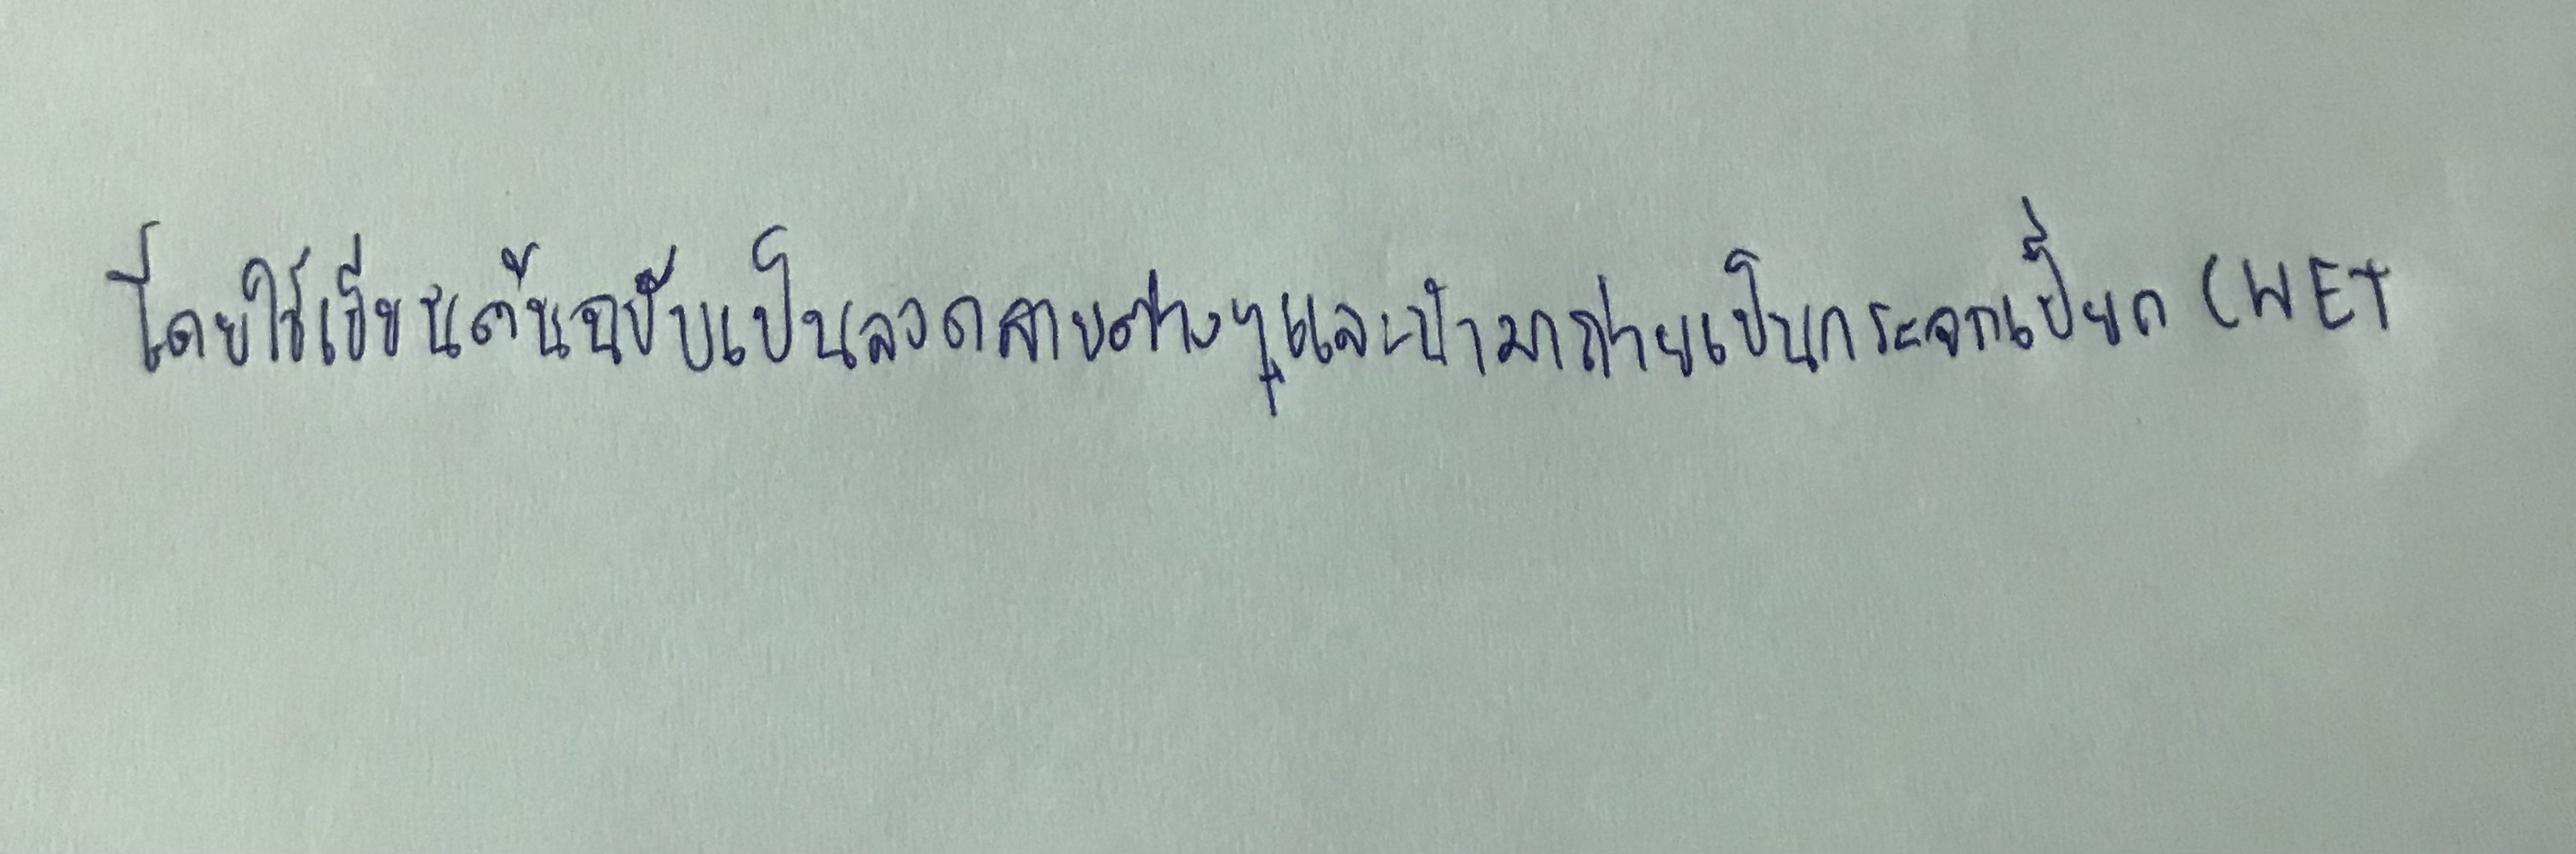
โดยใช้เขียนต้นฉบับเป็นลวดลายต่างๆและนำมาถ่ายเป็นกระจกเปียก(WET